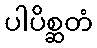
ပါပိစ္ဆတံ